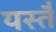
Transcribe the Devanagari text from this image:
यस्तै